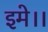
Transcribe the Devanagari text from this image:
इमे।।